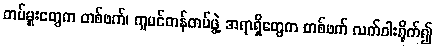
တပ်မှူးတွေက တစ်ဖက်၊ ကူမင်တန်တပ်ဖွဲ့ အရာရှိတွေက တစ်ဖက် လက်ဝါးရိုက်၍